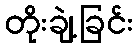
တိုးချဲ့ခြင်း